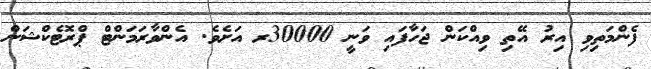
ފެންމަތިވި އިރު އޭތި ވިއްކަން ޖަހާފައި ވަނީ 30000ރ އަށެވެ. އެންވާރަމަންޓް ޕްރޮޓެކްޝަން